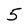
Character: 5